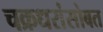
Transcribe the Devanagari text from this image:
चक्रधरांसोबत